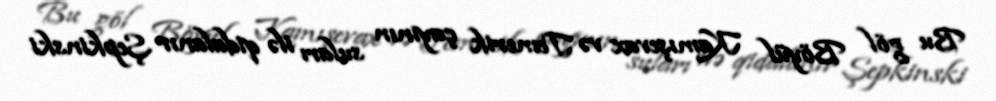
Bu göl Böyül Kamışevax və Temerik çayının suları ilə qidalanır Şepkinski